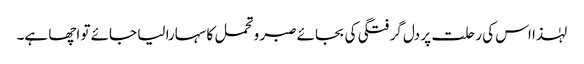
لہٰذا اس کی رحلت پر دل گرفتگی کی بجائے صبر و تحمل کا سہارا لیا جائے تو اچھا ہے۔